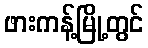
ဖားကန့်မြို့တွင်